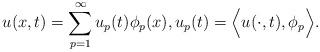
LaTeX: \begin{align*}u(x,t)= \sum_{p=1}^\infty u_p(t) \phi_p(x), u_p(t)= \Big<u(\cdot,t), \phi_p \Big>.\end{align*}